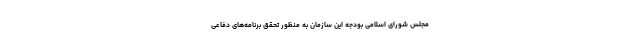
مجلس شورای اسلامی بودجه این سازمان به منظور تحقق برنامه‌های دفاعی